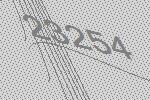
23254